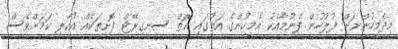
މިދެމީހުންނަށް ފުލުހުން ފެނުމާއެކު އެމީހުންގެ އަތުގައި އޮތް ސިނގިރޭޓް ފޮށިތަކެއް އުކާލި ކަމަށްވެސް